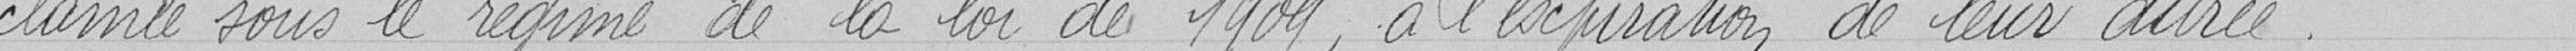
clamée sous le régime de la loi de 1909, à l'expiration de leur durée.